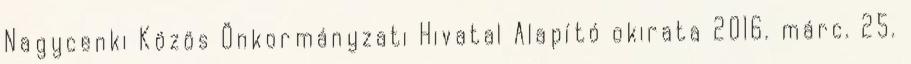
Nagycenki Közös Önkormányzati Hivatal Alapító okirata 2016. márc. 25.